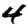
Digit: 4